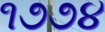
૧૭૭૪